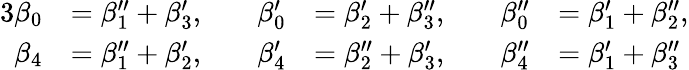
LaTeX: \begin{array}{rlrlrl}{{3}\beta_{0}}&{=\beta_{1}^{\prime\prime}+\beta_{3}^{\prime},\quad}&{\beta_{0}^{\prime}}&{=\beta_{2}^{\prime}+\beta_{3}^{\prime\prime},\quad}&{\beta_{0}^{\prime\prime}}&{=\beta_{1}^{\prime}+\beta_{2}^{\prime\prime},}\\ {\beta_{4}}&{=\beta_{1}^{\prime\prime}+\beta_{2}^{\prime},\quad}&{\beta_{4}^{\prime}}&{=\beta_{2}^{\prime\prime}+\beta_{3}^{\prime},\quad}&{\beta_{4}^{\prime\prime}}&{=\beta_{1}^{\prime}+\beta_{3}^{\prime\prime}}\end{array}